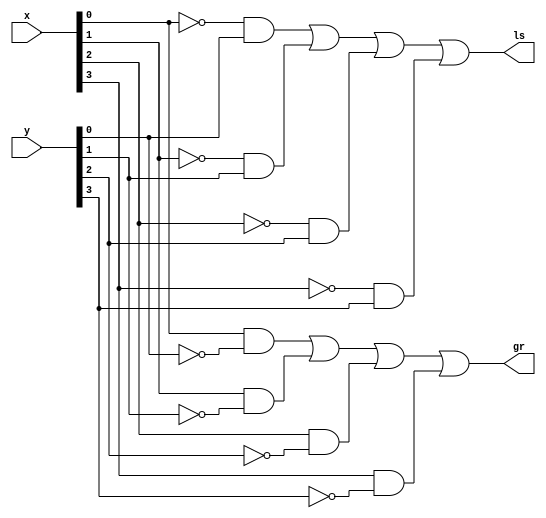
//ARQ1 - Eduardo Botelho de Andrade - Guia05

module grless (output gr,
               output ls,
               input [3:0] x,
               input [3:0] y);
               
  not not1 (w1,x[0]);
  not not2 (w2,x[1]);
  not not3 (w3,x[2]);
  not not4 (w4,x[3]);
  not not5 (w5,y[0]);
  not not6 (w6,y[1]);
  not not7 (w7,y[2]);
  not not8 (w8,y[3]);
  
  and and1 (s1,w1,y[0]);
  and and2 (s2,x[0],w5);
  and and3 (s3,w2,y[1]);
  and and4 (s4,x[1],w6);
  and and5 (s5,w3,y[2]);
  and and6 (s6,x[2],w7);
  and and7 (s7,w4,y[3]);
  and and8 (s8,x[3],w8);
  
  or or1 (ls,s1,s3,s5,s7);
  or or2 (gr,s2,s4,s6,s8);

endmodule